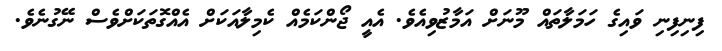
ފިނިފިނި ވައިގެ ހަމަލާތައް މޫނަށް އަމާޒުވިއެވެ. އެއީ ޖޯންކަމެއް ކެމިލާއަކަށް އެއްގޮތަކަށްވެސް ނޭގުނެވެ.